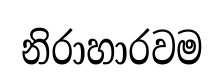
නිරාහාරවම